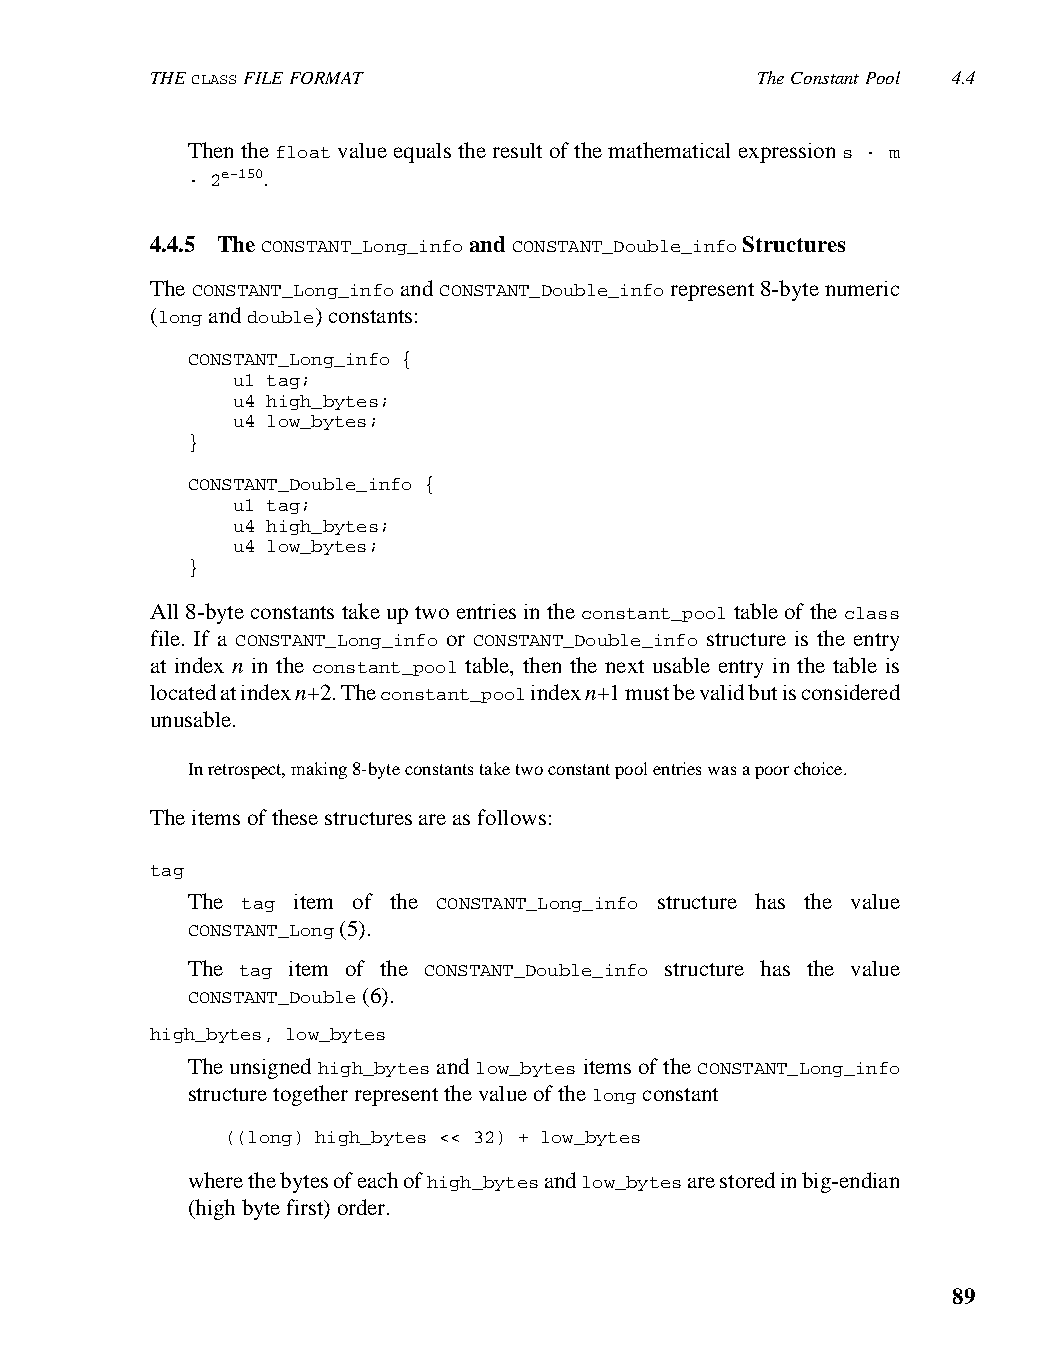
THE CLASS FILE FORMAT                   The Constant Pool 4.4
 Then the float value equals the result of the mathematical expression s · m
 · 2e-150.
 4.4.5 The CONSTANT_Long_info and CONSTANT_Double_info Structures
 The CONSTANT_Long_info and CONSTANT_Double_info represent 8-byte numeric
 (long and double) constants:
 CONSTANT_Long_info {
 u1 tag;
 u4 high_bytes;
 u4 low_bytes;
 }
 CONSTANT_Double_info {
 u1 tag;
 u4 high_bytes;
 u4 low_bytes;
 }
 All 8-byte constants take up two entries in the constant_pool table of the class
 file. If a CONSTANT_Long_info or CONSTANT_Double_info structure is the entry
 at index n in the constant_pool table, then the next usable entry in the table is
 located at index n+2. The constant_pool index n+1 must be valid but is considered
 unusable.
 In retrospect, making 8-byte constants take two constant pool entries was a poor choice.
 The items of these structures are as follows:
 tag
 The tag item of the CONSTANT_Long_info structure has the value
 CONSTANT_Long (5).
 The tag item of the CONSTANT_Double_info structure has the value
 CONSTANT_Double (6).
 high_bytes, low_bytes
 The unsigned high_bytes and low_bytes items of the CONSTANT_Long_info
 structure together represent the value of the long constant
 ((long) high_bytes << 32) + low_bytes
 where the bytes of each of high_bytes and low_bytes are stored in big-endian
 (high byte first) order.
 89